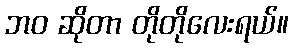
ဘဝ ဆိုတာ တိုတိုလေးရယ်။